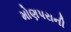
મોણપરાની